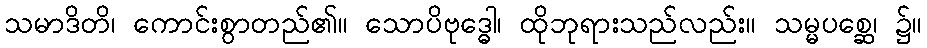
သမာဒိတိ၊ ကောင်းစွာတည်၏။ သောပိဗုဒ္ဓေါ၊ ထိုဘုရားသည်လည်း။ သမ္မပစ္ဆေ၊ ၌။